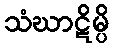
သံဃာဋိမ္ပိ